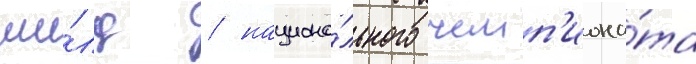
ши́лд / национа́льного чемп'иона́та